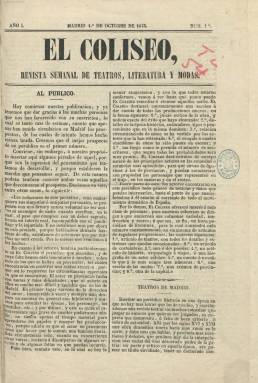
Título: El Coliseo (Madrid)
Colección: Teatro
Ámbito geográfico: Madrid
Lugar de publicación: Madrid
Fechas: 01/10/1853-06/05/1854

Es su subtítulo “revista semanal de teatros, literatura y modas”, apareciendo el uno de octubre de 1853, en entregas de ocho páginas, compuestas a dos columnas, de la imprenta de Manuel Minuesa. Compagina la información, la crónica y la crítica teatral y musical, con la inserción de textos de creación literaria, en prosa y verso (cuentos, leyendas, novelas, biografías, fábulas o poemas), de autores como Manuel Bretón de los Herreros, Ramón de Campoamor, Juan Eugenio Hartzenbusch, Ventura de la Vega, Antonio Cánovas del Castillo, Gaspar Núñez de Arce, Adelardo López de Ayala o José María Goizueta, entre la veintena de firmas de escritores con los que contó.

Su propietario y director es Emilio Bravo, y la publicación se vio favorecida también, en la parte musical, con colaboraciones de Emilio Arteta, Francisco Asenjo Barbieri, Juan Guelvenzu, José Inzenga y Antonio Rovira, utilizando este el seudónimo El Duende Filarmónico.

Tiene secciones como Teatros de Madrid, Crónica de provincias, Crónica de la capital, Revista musical o Revista dramática y Moda. Inserta también cuadros escénicos y anuncios teatrales, y entre sus propósitos estuvo auxiliar documentalmente a los actores que actuaban en provincias, y prometió en su prospecto publicar figurines de los principales actores en sus representaciones. Contiene algún grabado.

Se publicaba cuatro veces al mes, los días 1, 8, 16 y 24, con buenos tipos y elegante impresión. En la última página del número 28 y último de la colección, correspondiente al seis de mayo de 1854, indica su cese temporal y nueva aparición a partir del uno de octubre de ese mismo año. Sin embargo, no continuó ya publicándose a partir de la nueva temporada teatral, y Hartzenbusch (1894) indica que La España musical (1850-1856) se encargó de cubrir sus suscripciones desde el 17 de septiembre de 1854.